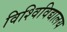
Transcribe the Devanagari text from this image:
विश्विविद्यालय